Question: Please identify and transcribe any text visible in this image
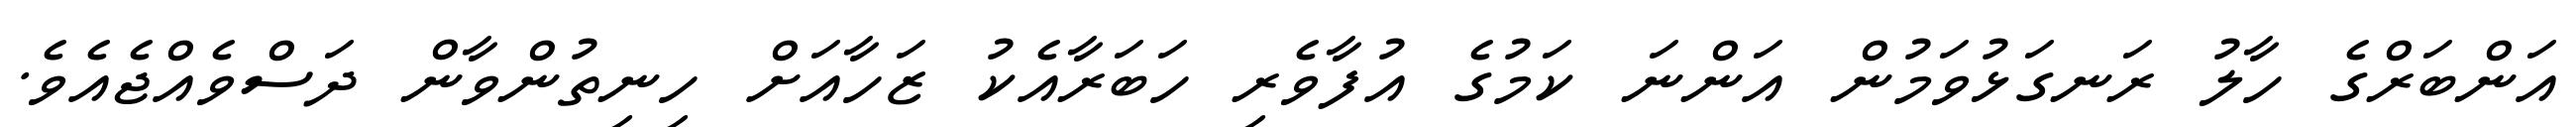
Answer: އަންބަރްގެ ހާލު ރަނގަޅުވަމުން އަންނަ ކަމުގެ އުފާވެރި ހަބަރާއެކު ޒަހާއަށް ހިނިތުންވާން ދަސްވެއްޖެއެވެ.